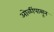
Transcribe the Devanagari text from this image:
ओळींपासून